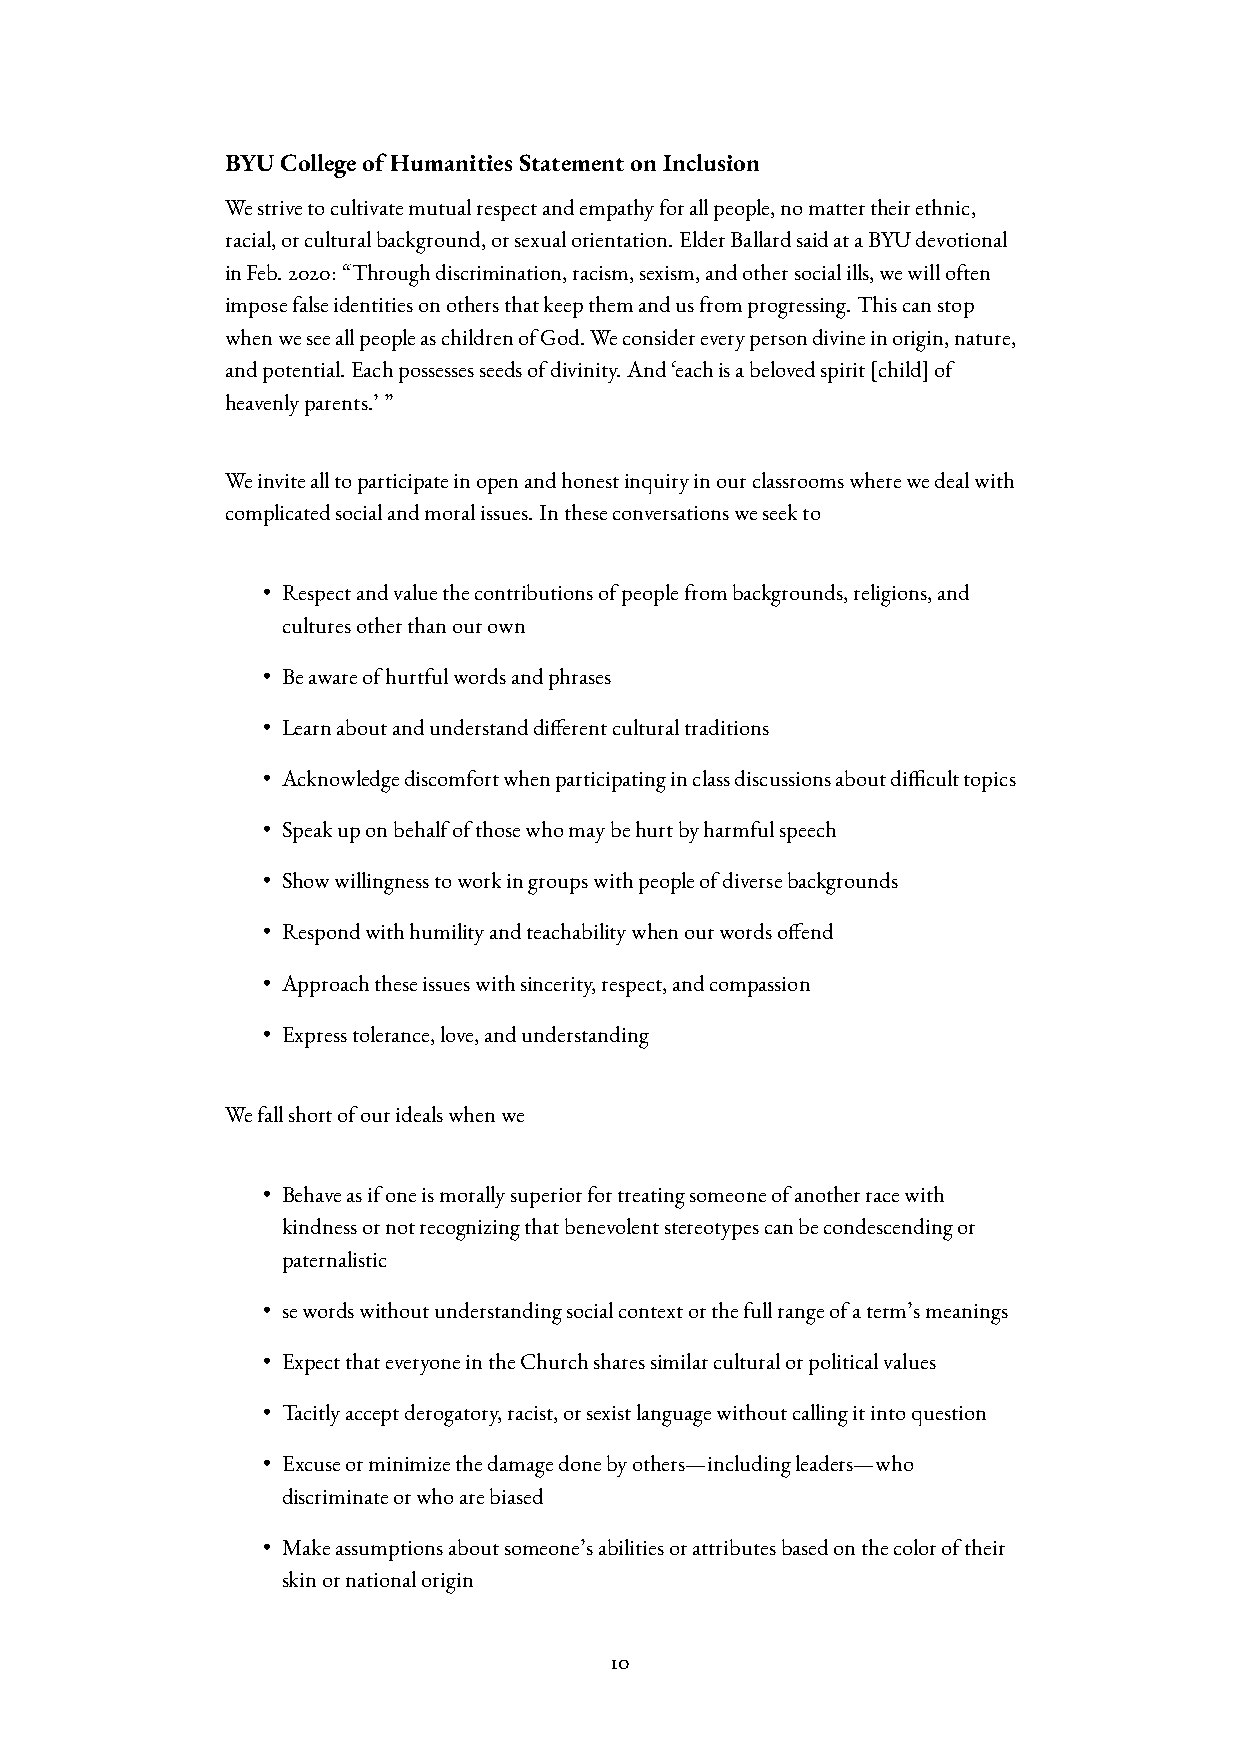
BYUCollegeofHumanitiesStatementonInclusion
 Westrivetocultivatemutualrespectandempathyforallpeople,nomattertheirethnic,
 racial,orculturalbackground,orsexualorientation.ElderBallardsaidataBYUdevotional
 inFeb.2020:“Throughdiscrimination,racism,sexism,andothersocialills,wewilloften
 imposefalseidentitiesonothersthatkeepthemandusfromprogressing.Thiscanstop
 whenweseeallpeopleaschildrenofGod.Weconsidereverypersondivineinorigin,nature,
 andpotential.Eachpossessesseedsofdivinity.And‘eachisabelovedspirit[child]of
 heavenlyparents.’”
 Weinvitealltoparticipateinopenandhonestinquiryinourclassroomswherewedealwith
 complicatedsocialandmoralissues.Intheseconversationsweseekto
 • Respectandvaluethecontributionsofpeoplefrombackgrounds,religions,and
 culturesotherthanourown
 • Beawareofhurtfulwordsandphrases
 • Learnaboutandunderstanddi  erentculturaltraditions
 • Acknowledgediscomfortwhenparticipatinginclassdiscussionsaboutdi  culttopics
 • Speakuponbehalfofthosewhomaybehurtbyharmfulspeech
 • Showwillingnesstoworkingroupswithpeopleofdiversebackgrounds
 • Respondwithhumilityandteachabilitywhenourwordso  end
 • Approachtheseissueswithsincerity,respect,andcompassion
 • Expresstolerance,love,andunderstanding
 Wefallshortofouridealswhenwe
 • Behaveasifoneismorallysuperiorfortreatingsomeoneofanotherracewith
 kindnessornotrecognizingthatbenevolentstereotypescanbecondescendingor
 paternalistic
 • sewordswithoutunderstandingsocialcontextorthefullrangeofaterm’smeanings
 • ExpectthateveryoneintheChurchsharessimilarculturalorpoliticalvalues
 • Tacitlyacceptderogatory,racist,orsexistlanguagewithoutcallingitintoquestion
 • Excuseorminimizethedamagedonebyothers—includingleaders—who
 discriminateorwhoarebiased
 • Makeassumptionsaboutsomeone’sabilitiesorattributesbasedonthecoloroftheir
 skinornationalorigin
 10